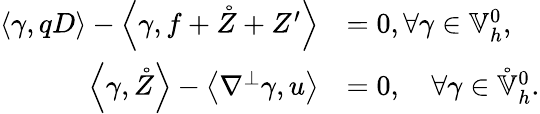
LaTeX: \begin{array}{rl}{\left\langle\gamma,qD\right\rangle-\left\langle\gamma,f+\mathring{Z}+Z^{\prime}\right\rangle}&{=0,\forall\gamma\in\mathbb{V}_{h}^{0},}\\ {\left\langle\gamma,\mathring{Z}\right\rangle-\left\langle\nabla^{\perp}\gamma,u\right\rangle}&{=0,\quad\forall\gamma\in\mathring{\mathbb{V}}_{h}^{0}.}\end{array}